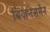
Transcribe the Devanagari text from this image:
बिज़नेसमैन